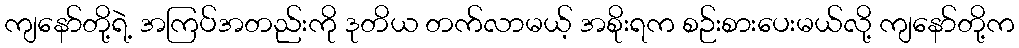
ကျနော်တို့ရဲ့ အကြပ်အတည်းကို ဒုတိယ တက်လာမယ့် အစိုးရက စဉ်းစားပေးမယ်လို့ ကျနော်တို့က